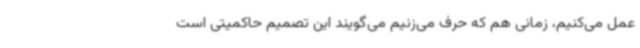
عمل می‌کنیم، زمانی هم که حرف می‌زنیم می‌گویند این تصمیم حاکمیتی است